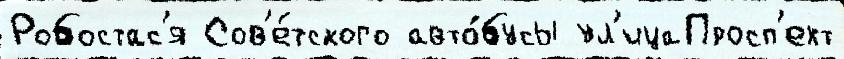
Робостас'я Сов'е́тского авто́бусы ул'ицаПросп'ект